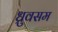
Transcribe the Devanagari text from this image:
ध्रुवसम